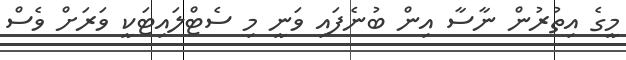
މީގެ އިތުރުން ނާސާ އިން ބުނެފައި ވަނީ މި ސެޓްލައިޓަކީ ވަރަށް ވެސް